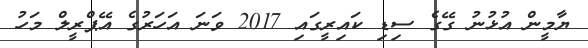
ޔާމީން އުޅުނު ގޭގެ ސިޑި ކައިރީގައި 2017 ވަނަ އަހަރުގެ އޭޕްރީލް މަހު